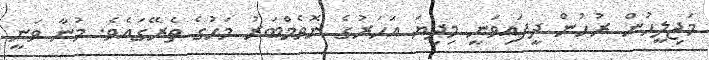
މަޖިލީހުން ރުހުން ދީފައިވަނީ މިދިޔަ އަހަރުގެ ނޮވެމްބަރު މަހުގެ ތެރޭގައެވެ. މުނާ ވަނީ